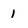
Character: 1